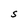
Character: S